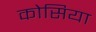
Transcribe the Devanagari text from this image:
कोसिया